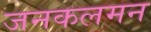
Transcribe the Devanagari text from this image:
जनकलमन